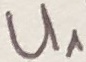
Text: U1